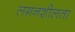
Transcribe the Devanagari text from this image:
लगनशीलता